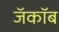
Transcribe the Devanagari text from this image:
जॅकॉब